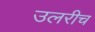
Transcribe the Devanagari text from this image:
उलरीच